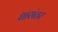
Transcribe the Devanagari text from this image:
धारांतर